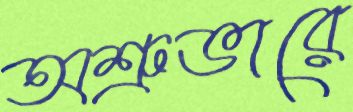
অশ্রুভারে